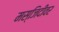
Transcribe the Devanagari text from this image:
मस्जिदीवर